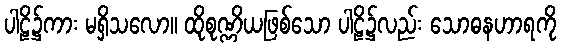
ပါဠိ၌ကား မရှိသလော။ ထိုစုဏ္ဏိယဖြစ်သော ပါဠိ၌လည်း သောဓနဟာရကို